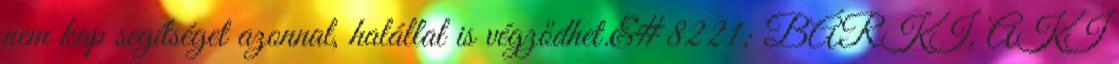
nem kap segítséget azonnal, halállal is végződhet.&#8221; BÁRKI, AKI